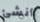
أنشئ